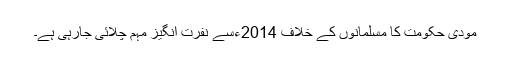
مودی حکومت کا مسلمانوں کے خلاف 2014ءسے نفرت انگیز مہم چلائی جارہی ہے۔